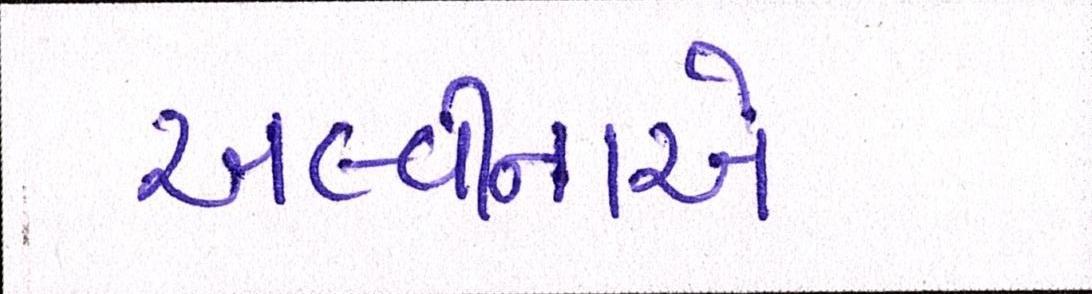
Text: અલ્વીનાએ